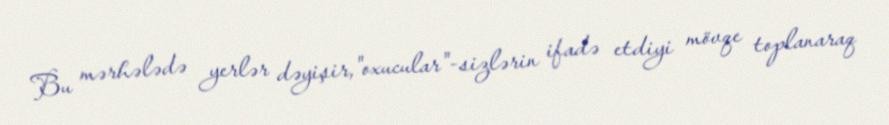
Bu mərhələdə yerlər dəyişir,"oxucular"-sizlərin ifadə etdiyi mövqe toplanaraq